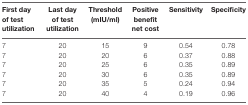
<table><thead><tr><td><b>First day of test utilization</b></td><td><b>Last day of test utilization</b></td><td><b>Threshold (mIU/ml)</b></td><td><b>Positive benefit net cost</b></td><td><b>Sensitivity</b></td><td><b>Specificity</b></td></tr></thead><tbody><tr><td>7</td><td>20</td><td>15</td><td>9</td><td>0.54</td><td>0.78</td></tr><tr><td>7</td><td>20</td><td>20</td><td>6</td><td>0.37</td><td>0.88</td></tr><tr><td>7</td><td>20</td><td>25</td><td>6</td><td>0.35</td><td>0.89</td></tr><tr><td>7</td><td>20</td><td>30</td><td>6</td><td>0.35</td><td>0.89</td></tr><tr><td>7</td><td>20</td><td>35</td><td>5</td><td>0.24</td><td>0.94</td></tr><tr><td>7</td><td>20</td><td>40</td><td>4</td><td>0.19</td><td>0.96</td></tr></tbody></table>